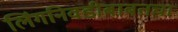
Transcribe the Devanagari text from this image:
लिंगनिवडीबाबतचा